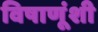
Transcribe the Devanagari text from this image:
विषाणूंशी